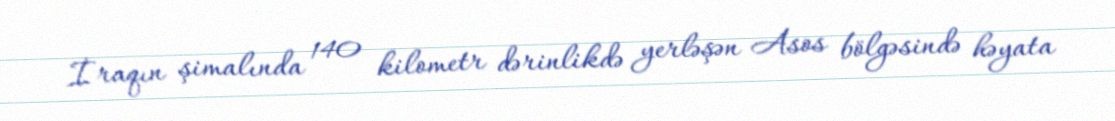
İraqın şimalında 140 kilometr dərinlikdə yerləşən Asos bölgəsində həyata